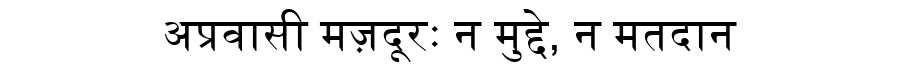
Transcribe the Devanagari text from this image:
अप्रवासी मज़दूरः न मुद्दे, न मतदान